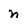
Character: n